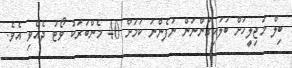
ބިލް މަޖިލީހަށް ބަލައިގަންނަން ނުފެންނަ ކަމަށް 40 މެންބަރަކު ވޯޓު ދެެއްވި އެވެ.